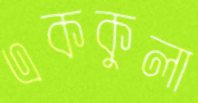
এককুলা